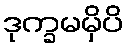
ဒုက္ခမမှိပိ